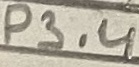
Text: P3.4